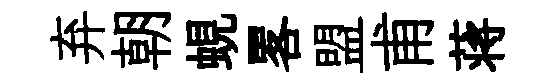
弃朝蜆畧盟甫蒋